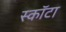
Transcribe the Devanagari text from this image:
स्कॉटा